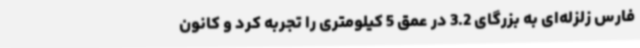
فارس زلزله‌ای به بزرگای 3.2 در عمق 5 کیلومتری را تجربه کرد و کانون